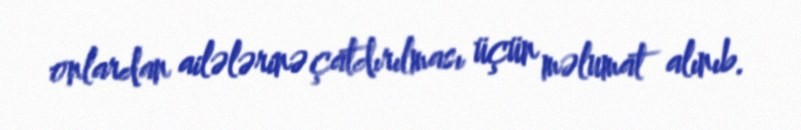
onlardan ailələrinə çatdırılması üçün məlumat alınıb.